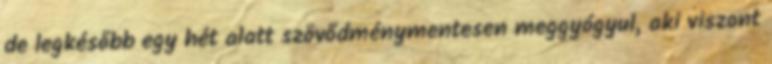
de legkésőbb egy hét alatt szövődménymentesen meggyógyul, aki viszont